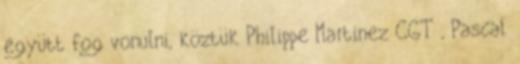
együtt fog vonulni, köztük Philippe Martinez CGT , Pascal